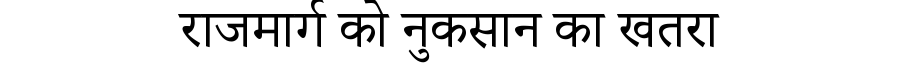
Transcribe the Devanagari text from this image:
राजमार्ग को नुकसान का खतरा